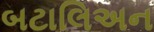
બટાલિઅન